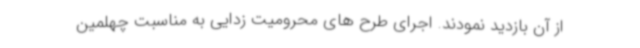
از آن بازدید نمودند. اجرای طرح های محرومیت زدایی به مناسبت چهلمین